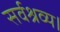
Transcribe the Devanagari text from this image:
सर्वश्रव्य।